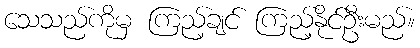
သေသည်ကိုမှ ကြည့်ချင် ကြည့်နိုင်ဦးမည်။